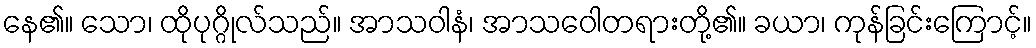
နေ၏။ သော၊ ထိုပုဂ္ဂိုလ်သည်။ အာသဝါနံ၊ အာသဝေါတရားတို့၏။ ခယာ၊ ကုန်ခြင်းကြောင့်။